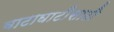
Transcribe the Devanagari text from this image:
वाटाघाटींसाठी